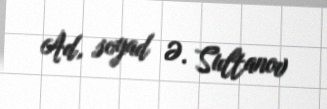
Ad, soyad Ə. Sultanov